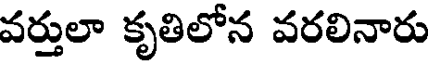
వర్తులా కృతిలోన వరలినారు